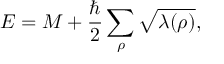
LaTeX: E = M + { \frac { \hbar } { 2 } } \sum _ { \rho } \sqrt { \lambda ( \rho ) } ,